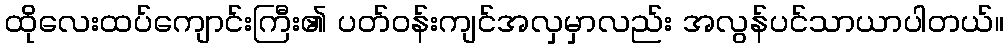
ထိုလေးထပ်ကျောင်းကြီး၏ ပတ်ဝန်းကျင်အလှမှာလည်း အလွန်ပင်သာယာပါတယ်။